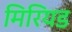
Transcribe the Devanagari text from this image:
मिरियड